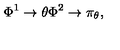
\Phi ^ { 1 } \rightarrow \theta \Phi ^ { 2 } \rightarrow \pi _ { \theta } , \nonumber